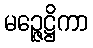
မဉ္ဇေဋ္ဌိကာ